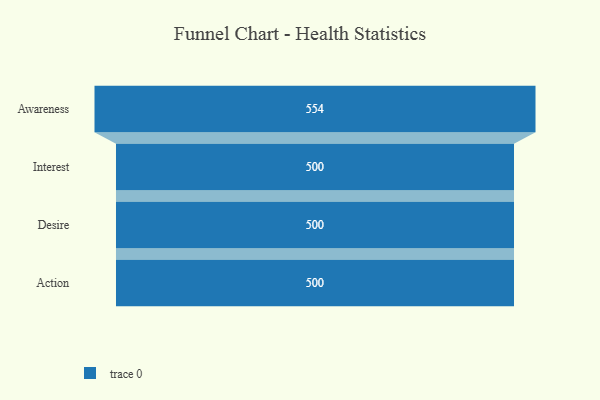
{"axis": {"x": "Stage", "y": "Value"}, "legend": [""], "data": [{"x": "Awareness", "y": 554.0, "type": ""}, {"x": "Interest", "y": 500, "type": ""}, {"x": "Desire", "y": 500, "type": ""}, {"x": "Action", "y": 500, "type": ""}]}